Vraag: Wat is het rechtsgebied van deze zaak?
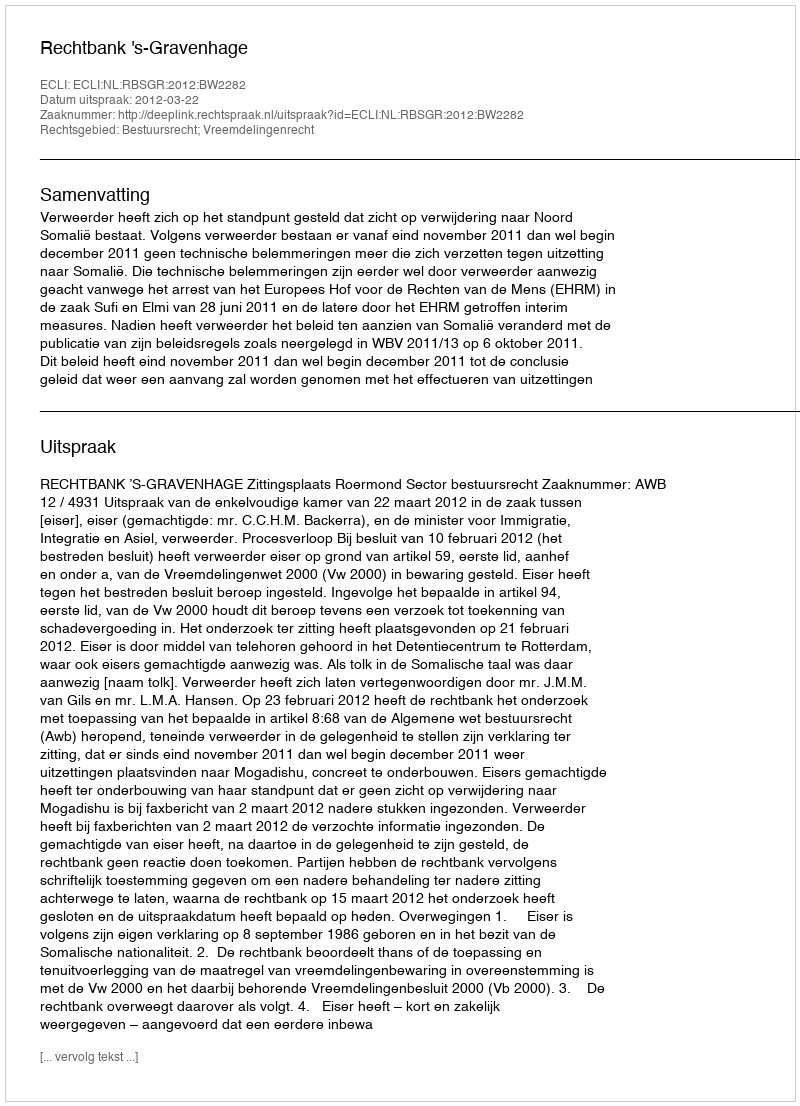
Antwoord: Bestuursrecht; Vreemdelingenrecht